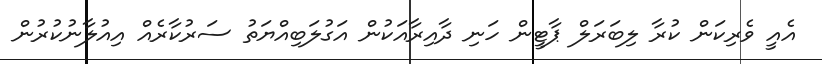
އެއީ ވެރިކަން ކުރާ ލިބަރަލް ޕާޓީން ހަނި ދާއިރާއަކުން އަގުލަބިއްޔަތު ސަރުކާރެއް އިއުލާނުކުރުން